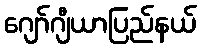
ဂျော်ဂျီယာပြည်နယ်